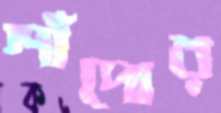
শাঁদোর